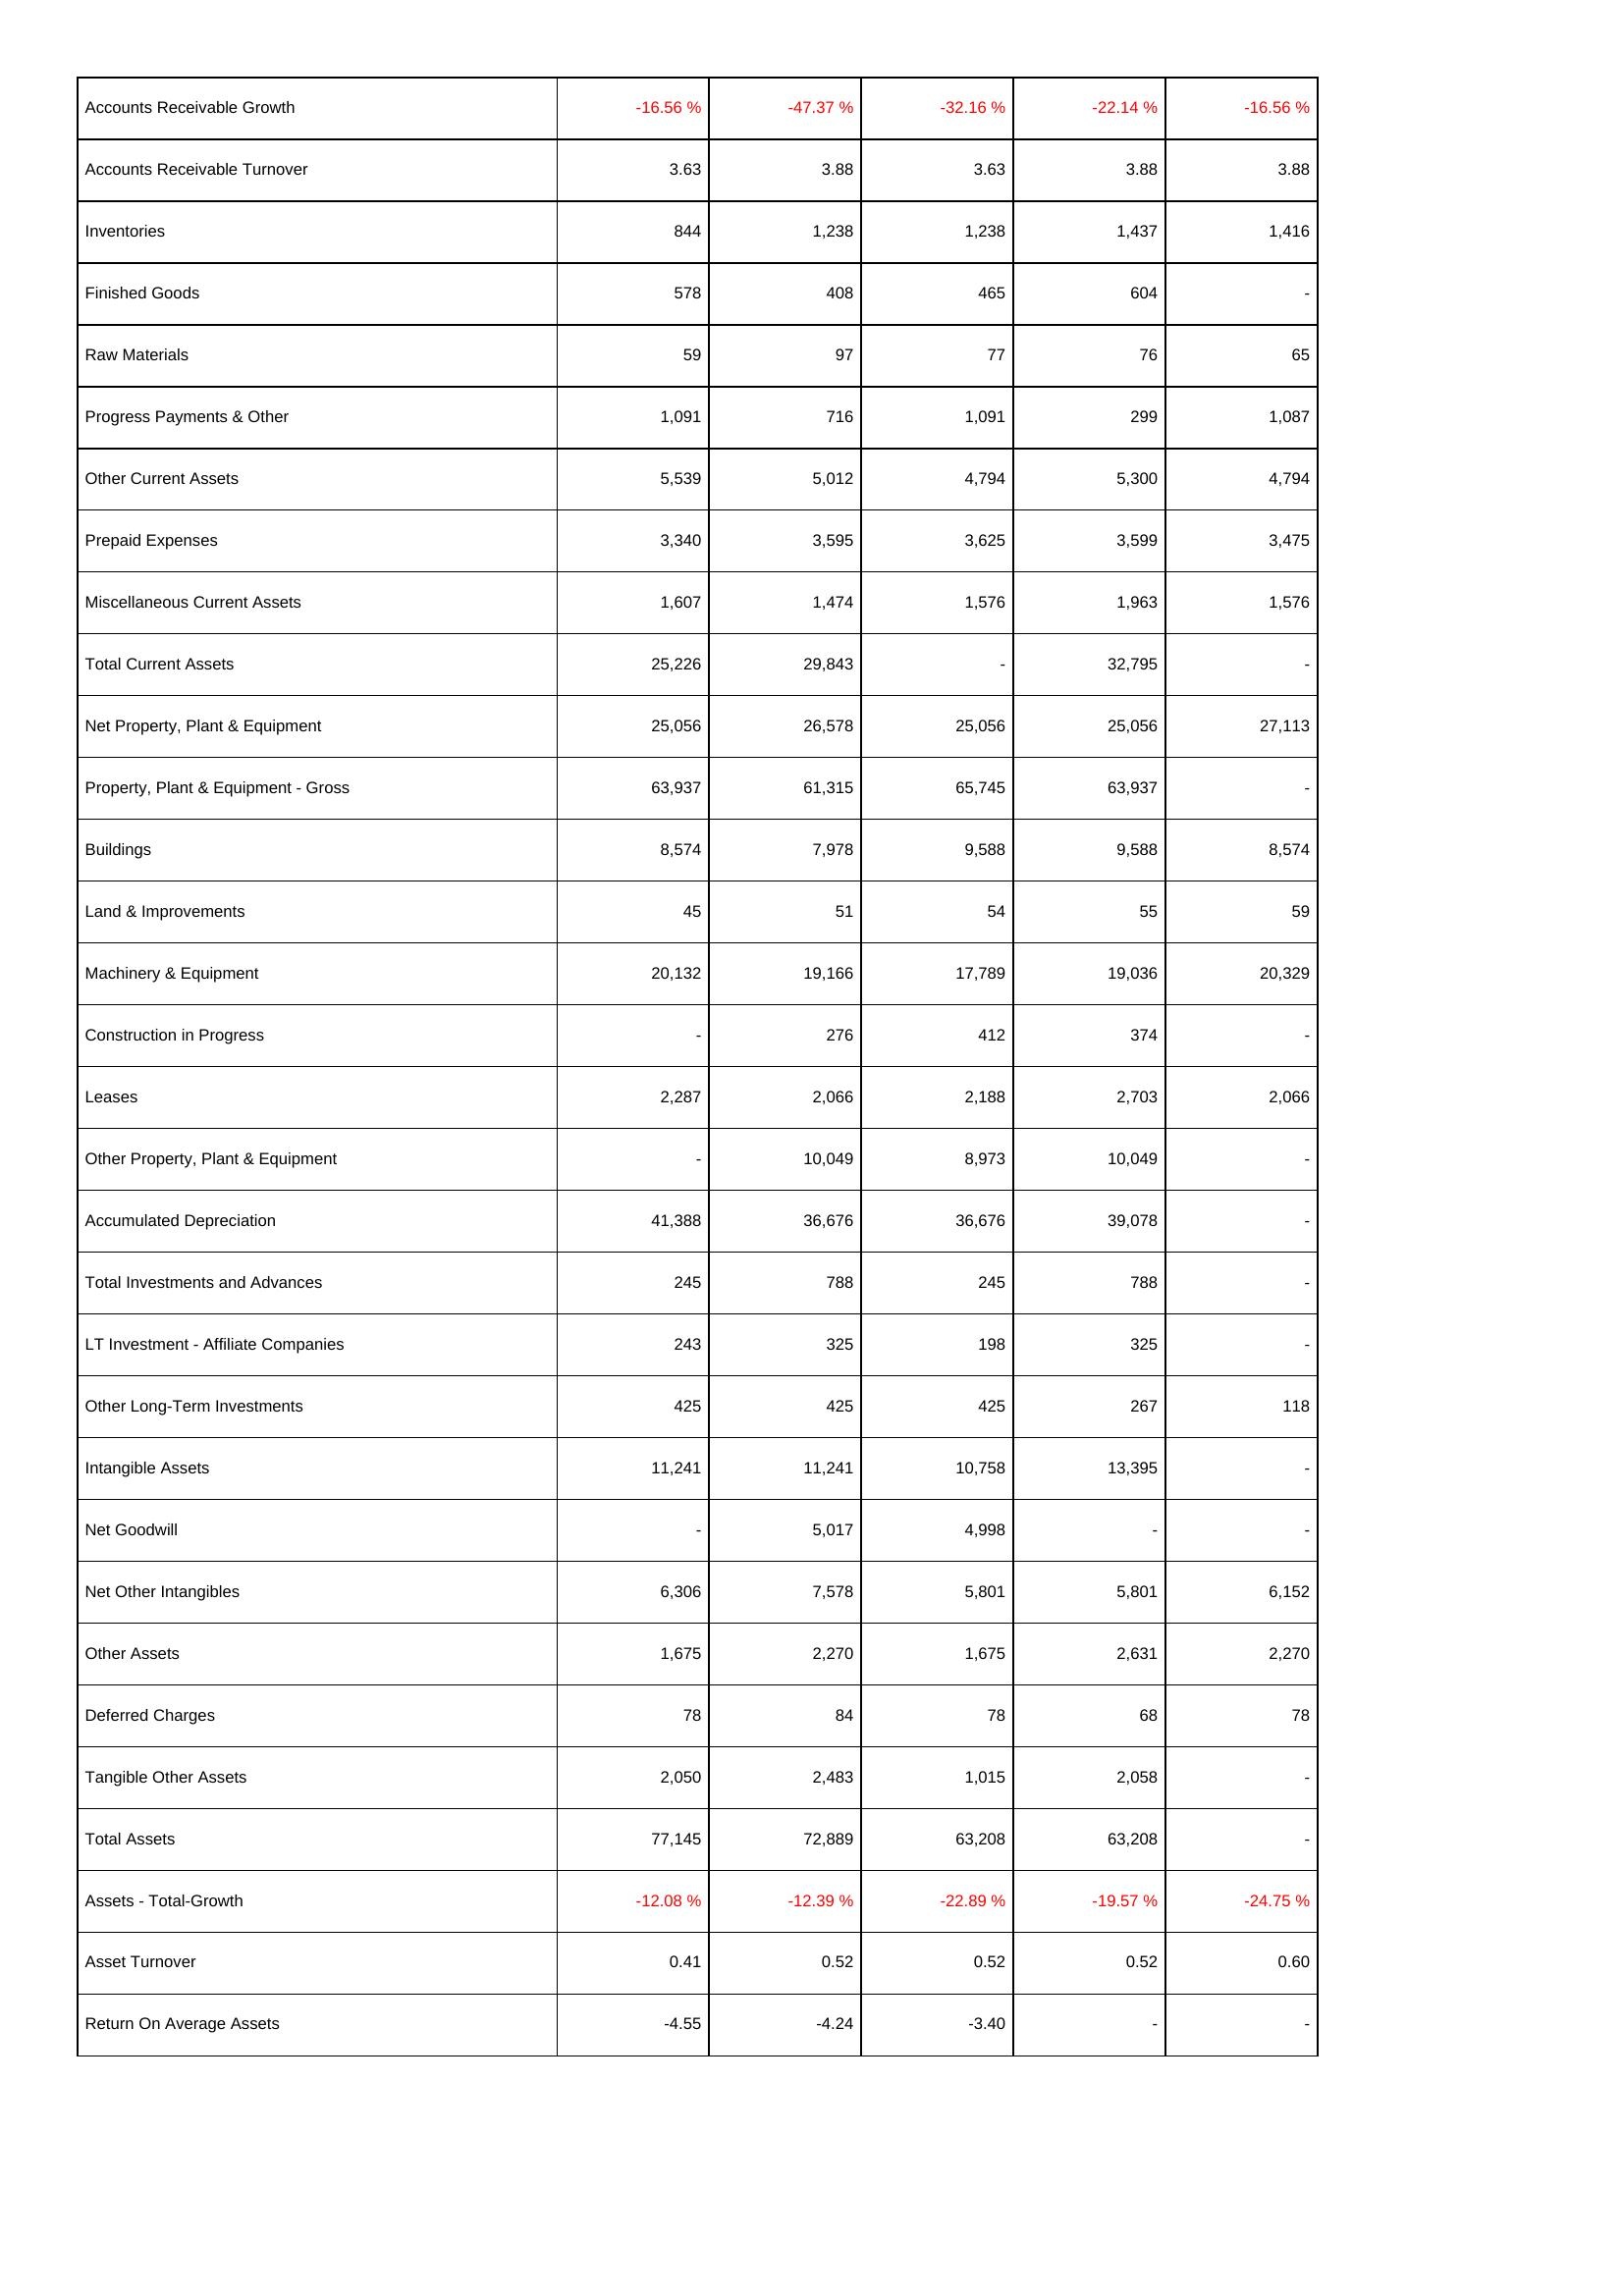
2024: Assets: Accounts Receivable Growth: -16.56 %
Accounts Receivable Turnover: 3.63
Inventories: 844
Finished Goods: 578
Raw Materials: 59
Progress Payments & Other: 1,091
Other Current Assets: 5,539
Prepaid Expenses: 3,340
Miscellaneous Current Assets: 1,607
Total Current Assets: 25,226
Net Property, Plant & Equipment: 25,056
Property, Plant & Equipment - Gross: 63,937
Buildings: 8,574
Land & Improvements: 45
Machinery & Equipment: 20,132
Construction in Progress: -
Leases: 2,287
Other Property, Plant & Equipment: -
Accumulated Depreciation: 41,388
Total Investments and Advances: 245
LT Investment - Affiliate Companies: 243
Other Long-Term Investments: 425
Intangible Assets: 11,241
Net Goodwill: -
Net Other Intangibles: 6,306
Other Assets: 1,675
Deferred Charges: 78
Tangible Other Assets: 2,050
Total Assets: 77,145
Assets - Total-Growth: -12.08 %
Asset Turnover: 0.41
Return On Average Assets: -4.55
2023: Assets: Accounts Receivable Growth: -47.37 %
Accounts Receivable Turnover: 3.88
Inventories: 1,238
Finished Goods: 408
Raw Materials: 97
Progress Payments & Other: 716
Other Current Assets: 5,012
Prepaid Expenses: 3,595
Miscellaneous Current Assets: 1,474
Total Current Assets: 29,843
Net Property, Plant & Equipment: 26,578
Property, Plant & Equipment - Gross: 61,315
Buildings: 7,978
Land & Improvements: 51
Machinery & Equipment: 19,166
Construction in Progress: 276
Leases: 2,066
Other Property, Plant & Equipment: 10,049
Accumulated Depreciation: 36,676
Total Investments and Advances: 788
LT Investment - Affiliate Companies: 325
Other Long-Term Investments: 425
Intangible Assets: 11,241
Net Goodwill: 5,017
Net Other Intangibles: 7,578
Other Assets: 2,270
Deferred Charges: 84
Tangible Other Assets: 2,483
Total Assets: 72,889
Assets - Total-Growth: -12.39 %
Asset Turnover: 0.52
Return On Average Assets: -4.24
2022: Assets: Accounts Receivable Growth: -32.16 %
Accounts Receivable Turnover: 3.63
Inventories: 1,238
Finished Goods: 465
Raw Materials: 77
Progress Payments & Other: 1,091
Other Current Assets: 4,794
Prepaid Expenses: 3,625
Miscellaneous Current Assets: 1,576
Total Current Assets: -
Net Property, Plant & Equipment: 25,056
Property, Plant & Equipment - Gross: 65,745
Buildings: 9,588
Land & Improvements: 54
Machinery & Equipment: 17,789
Construction in Progress: 412
Leases: 2,188
Other Property, Plant & Equipment: 8,973
Accumulated Depreciation: 36,676
Total Investments and Advances: 245
LT Investment - Affiliate Companies: 198
Other Long-Term Investments: 425
Intangible Assets: 10,758
Net Goodwill: 4,998
Net Other Intangibles: 5,801
Other Assets: 1,675
Deferred Charges: 78
Tangible Other Assets: 1,015
Total Assets: 63,208
Assets - Total-Growth: -22.89 %
Asset Turnover: 0.52
Return On Average Assets: -3.40
2021: Assets: Accounts Receivable Growth: -22.14 %
Accounts Receivable Turnover: 3.88
Inventories: 1,437
Finished Goods: 604
Raw Materials: 76
Progress Payments & Other: 299
Other Current Assets: 5,300
Prepaid Expenses: 3,599
Miscellaneous Current Assets: 1,963
Total Current Assets: 32,795
Net Property, Plant & Equipment: 25,056
Property, Plant & Equipment - Gross: 63,937
Buildings: 9,588
Land & Improvements: 55
Machinery & Equipment: 19,036
Construction in Progress: 374
Leases: 2,703
Other Property, Plant & Equipment: 10,049
Accumulated Depreciation: 39,078
Total Investments and Advances: 788
LT Investment - Affiliate Companies: 325
Other Long-Term Investments: 267
Intangible Assets: 13,395
Net Goodwill: -
Net Other Intangibles: 5,801
Other Assets: 2,631
Deferred Charges: 68
Tangible Other Assets: 2,058
Total Assets: 63,208
Assets - Total-Growth: -19.57 %
Asset Turnover: 0.52
Return On Average Assets: -
2020: Assets: Accounts Receivable Growth: -16.56 %
Accounts Receivable Turnover: 3.88
Inventories: 1,416
Finished Goods: -
Raw Materials: 65
Progress Payments & Other: 1,087
Other Current Assets: 4,794
Prepaid Expenses: 3,475
Miscellaneous Current Assets: 1,576
Total Current Assets: -
Net Property, Plant & Equipment: 27,113
Property, Plant & Equipment - Gross: -
Buildings: 8,574
Land & Improvements: 59
Machinery & Equipment: 20,329
Construction in Progress: -
Leases: 2,066
Other Property, Plant & Equipment: -
Accumulated Depreciation: -
Total Investments and Advances: -
LT Investment - Affiliate Companies: -
Other Long-Term Investments: 118
Intangible Assets: -
Net Goodwill: -
Net Other Intangibles: 6,152
Other Assets: 2,270
Deferred Charges: 78
Tangible Other Assets: -
Total Assets: -
Assets - Total-Growth: -24.75 %
Asset Turnover: 0.60
Return On Average Assets: -